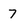
Character: 7